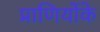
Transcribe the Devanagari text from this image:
प्राणियोंके